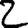
Digit: 2